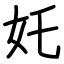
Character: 奼